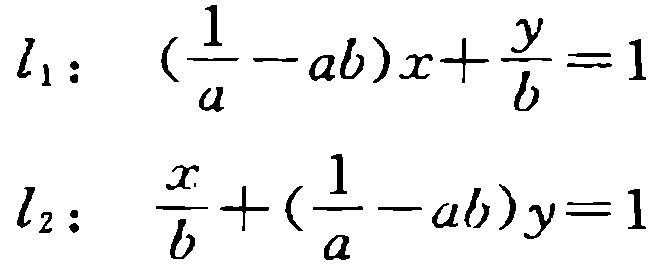
\(l_1:\ (\frac{1}{a}-ab)x+\frac{y}{b}=1\)

\(l_2:\ \frac{x}{b}+(\frac{1}{a}-ab)y=1\)